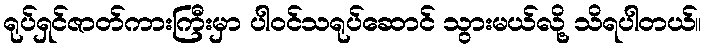
ရုပ်ရှင်ဇာတ်ကားကြီးမှာ ပါဝင်သရုပ်ဆောင် သွားမယ်လို့ သိရပါတယ်။